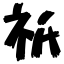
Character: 祇